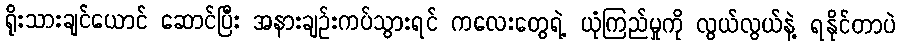
ရိုးသားချင်ယောင် ဆောင်ပြီး အနားချဉ်းကပ်သွားရင် ကလေးတွေရဲ့ ယုံကြည်မှုကို လွယ်လွယ်နဲ့ ရနိုင်တာပဲ